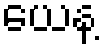
ယေန့